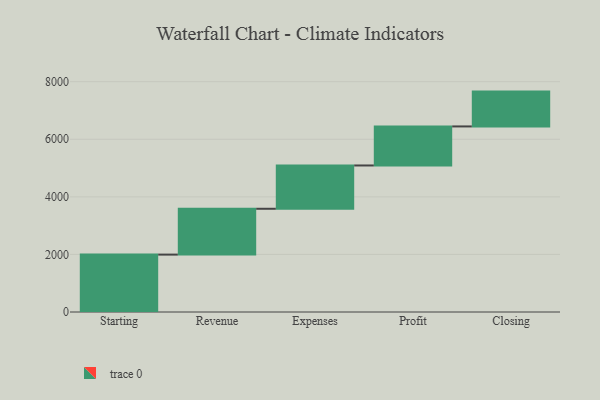
{"axis": {"x": "Step", "y": "Value"}, "legend": [""], "data": [{"x": "Starting", "y": 1994.0, "type": ""}, {"x": "Revenue", "y": 1592.0, "type": ""}, {"x": "Expenses", "y": 1504.0, "type": ""}, {"x": "Profit", "y": 1356.0, "type": ""}, {"x": "Closing", "y": 1210.0, "type": ""}]}